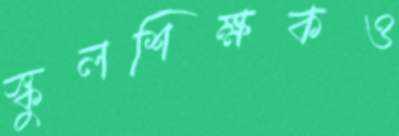
স্কুলশিক্ষকও